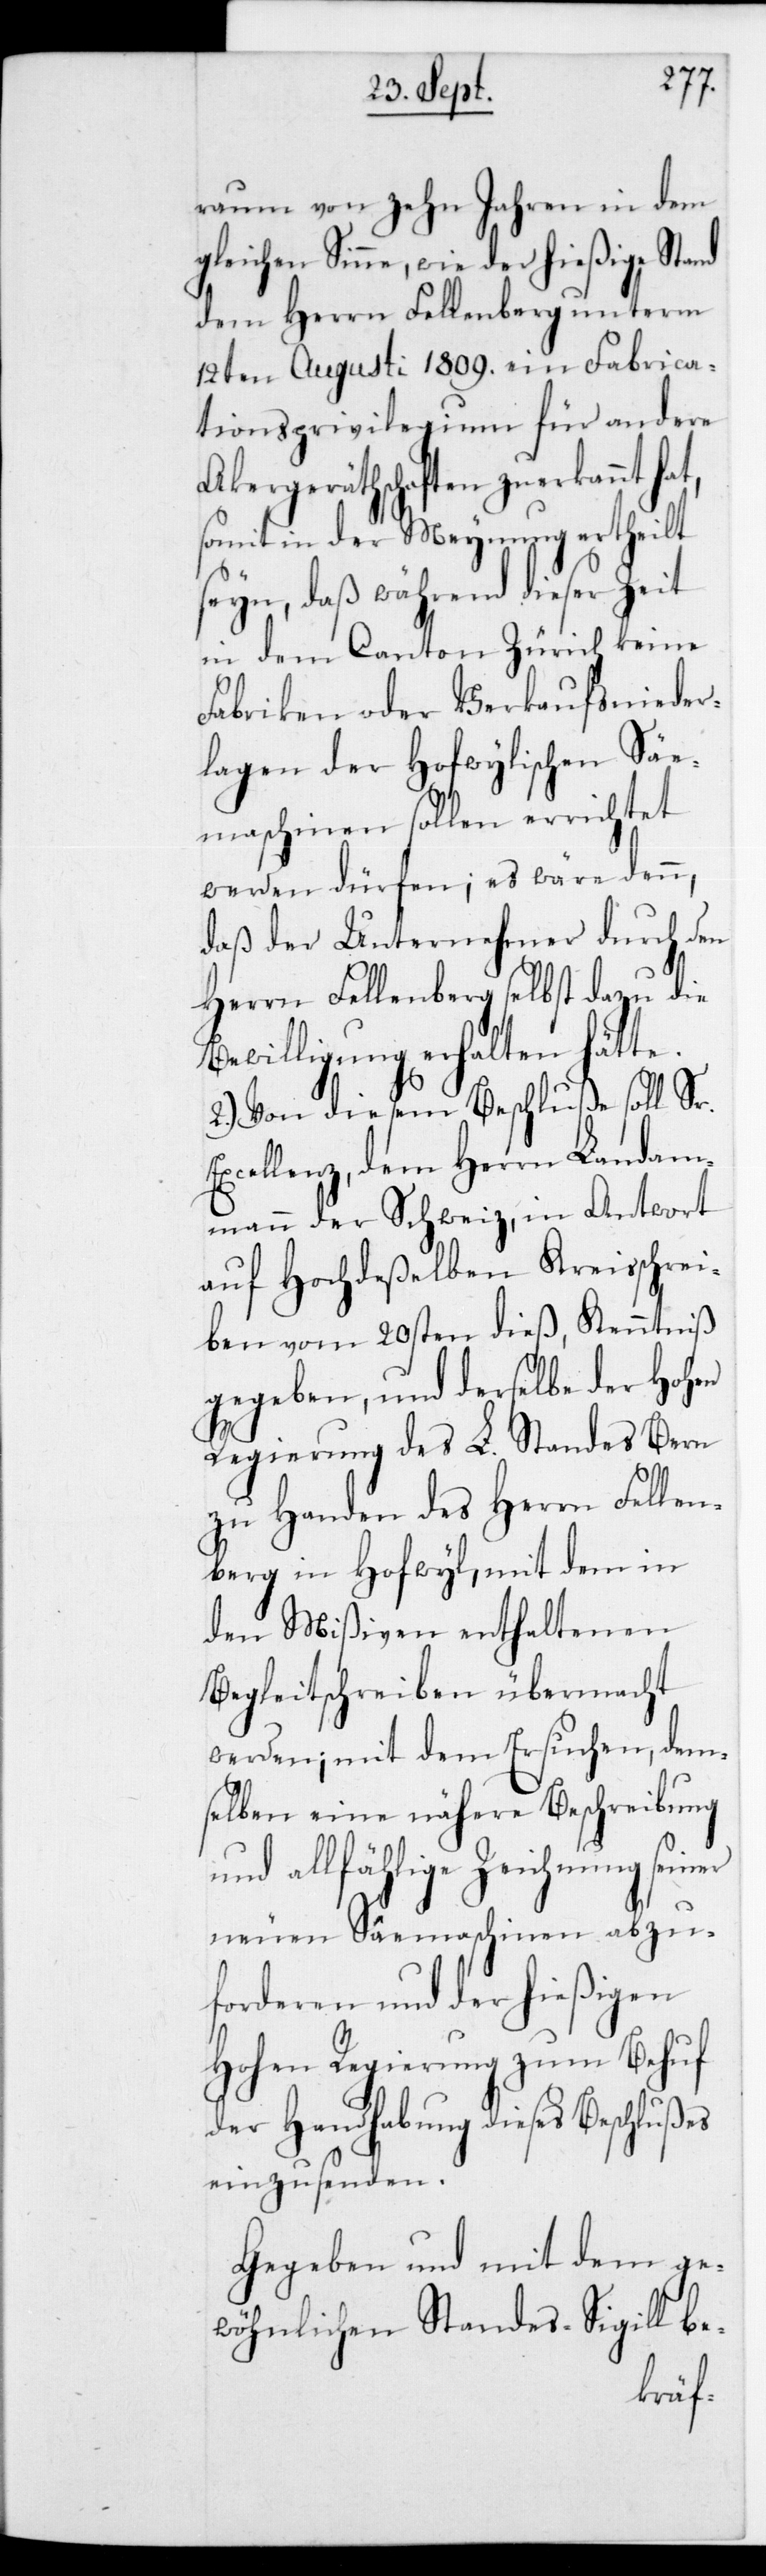
raum von zehn Jahren in dem
gleichen Sinne, wie der hießigeStand
dem Herrn Fellenberg unterm
12ten Augusti 1809 ein Fabrica¬
tionsprivilegium für andere
Ackergerätschaftenn zuerkannt ha¬
somit in der Meynung ertheilt
seyn, daß während dieser Zeit
in dem Canton Zürich keine
Fabriken oder Verkaufsnieder¬
lagen der Hofwylischen Säe¬
maschinen sollen errichtet
werden dürfen; es wäre denn,
daß der Unternehmer durch den
Herrn Fellenberg selbst dazu die
Bewilligung erhalten hätte.
2.) Von diesem Beschlusse soll Sr.
Excellenz,dem Herrn Landam¬
mann der Schweiz, in Antwort
auf Hochdeßelben Kreisschrei¬
ben vom 20sten dieß, Kenntniß
gegeben, und derselbe der Hoh¬
Regierung des L. Standes Bern
zu Handen des Herren Fellen¬
berg in Hofwyl, mit dem in
den Mißiven enthaltenen
acht
Begleitschreiben überm¬
werden; mit dem Ersuchen, dem¬
selben eine nähere Beschreibung
und alläfhlige Zeichnung se¬
es
neuen Säemaschinen
forderen und der hießigen
Hohen Regierung zum Behuf
der Handhabung dieses Beschluss¬
einzusenden.
Gegeben und mit dem ge¬
wöhnlichenStandes-Sigill be-